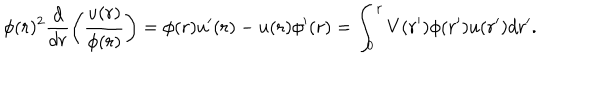
\phi ( r ) ^ { 2 } \frac { d } { d r } \left( \frac { u ( r ) } { \phi ( r ) } \right) = \phi ( r ) u ^ { \prime } ( r ) - u ( r ) \phi ^ { \prime } ( r ) = \int _ { 0 } ^ { r } V ( r ^ { \prime } ) \phi ( r ^ { \prime } ) u ( r ^ { \prime } ) d r ^ { \prime } .